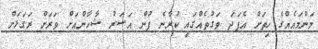
މަންމައެއްގެ ހިތަށް އެފަދަ ވަގުތެއްގައި ކުރާނެ ފުން އަސަރު ޝާހާންއަށް ވަރަށް ރަގަޅަށް